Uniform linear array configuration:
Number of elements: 4
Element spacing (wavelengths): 0.5
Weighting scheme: cosine
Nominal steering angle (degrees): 60
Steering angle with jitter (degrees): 61.103
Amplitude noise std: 0.05
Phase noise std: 0.05

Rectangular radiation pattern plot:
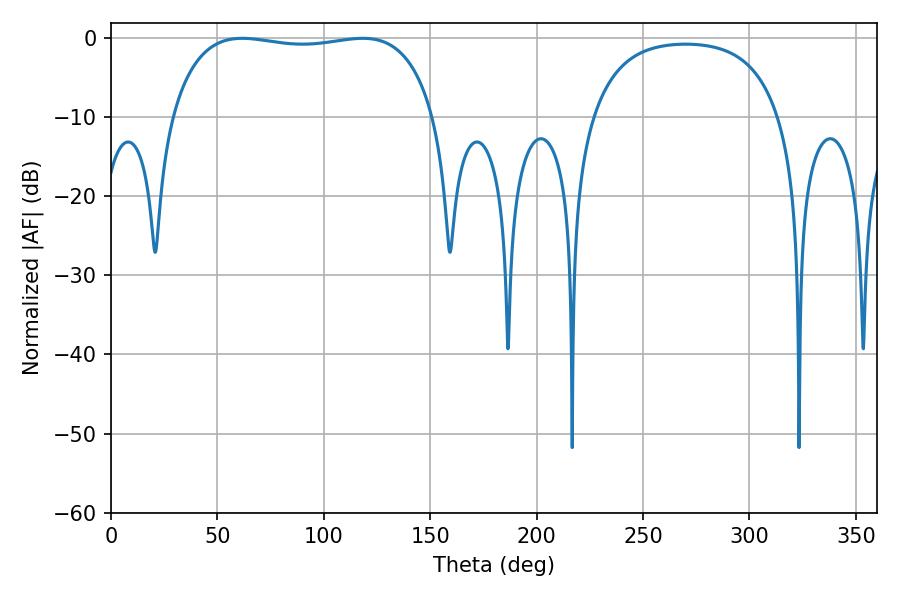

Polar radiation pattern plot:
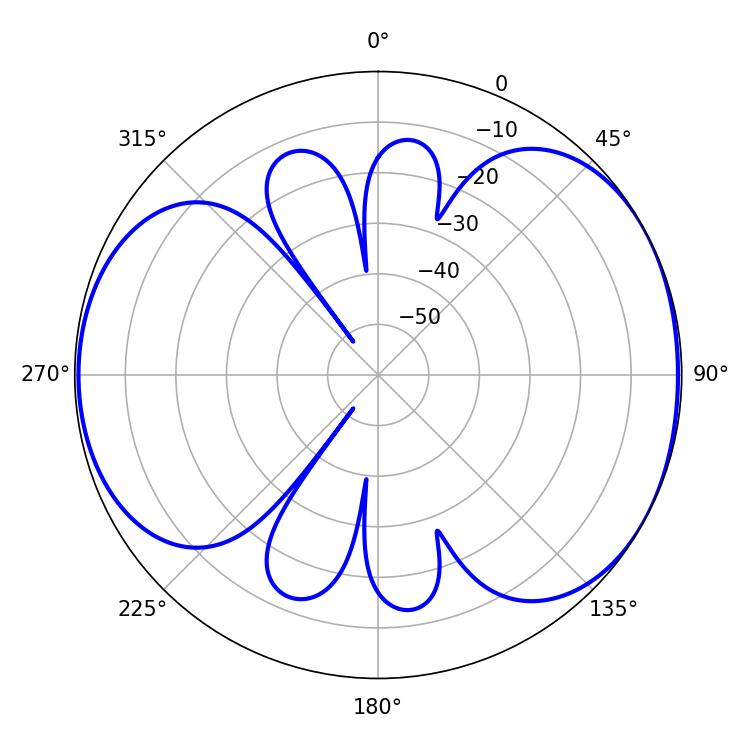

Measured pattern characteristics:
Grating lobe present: FALSE
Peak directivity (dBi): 5.272
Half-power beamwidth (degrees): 99.36
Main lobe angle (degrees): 61.74